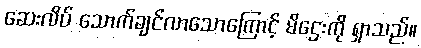
ဆေးလိပ် သောက်ချင်လာသောကြောင့် မိဌေးကို ရှာသည်။